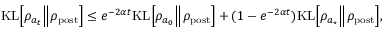
\begin{array} { r } { { \mathrm { K L } } \Bigl [ \rho _ { a _ { t } } \Big \Vert \rho _ { \mathrm { p o s t } } \Bigr ] \leq e ^ { - 2 \alpha t } { \mathrm { K L } } \Bigl [ \rho _ { a _ { 0 } } \Big \Vert \rho _ { \mathrm { p o s t } } \Bigr ] + ( 1 - e ^ { - 2 \alpha t } ) { \mathrm { K L } } \Bigl [ \rho _ { a _ { \star } } \Big \Vert \rho _ { \mathrm { p o s t } } \Bigr ] , } \end{array}